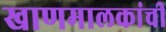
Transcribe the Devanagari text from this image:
खाणमालकांची